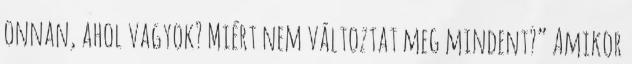
onnan, ahol vagyok? Miért nem változtat meg mindent?” Amikor